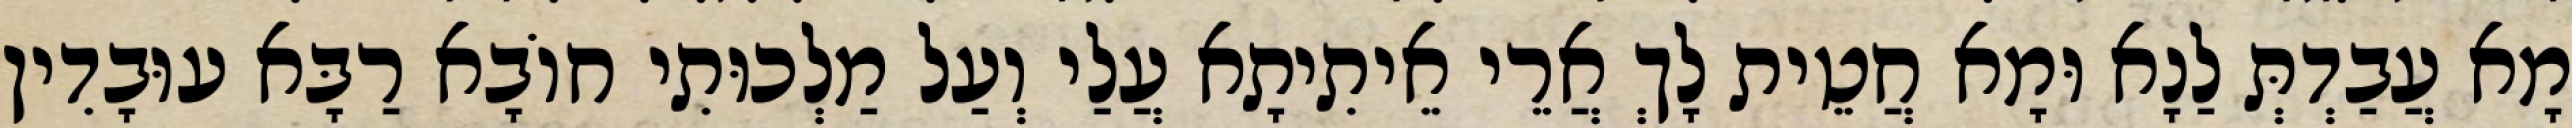
מָא עֲבַדְתְּ לַנָא וּמָא חֲטֵית לָךְ אֲרֵי אֵיתִיתָא עֲלַי וְעַל מַלְכוּתִי חוֹבָא רַבָּא עוּבָדִין